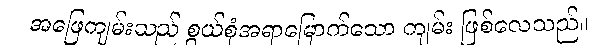
အဖြေကျမ်းသည် စွယ်စုံအရာမြောက်သော ကျမ်း ဖြစ်လေသည်။